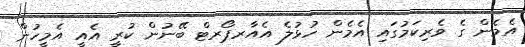
އެމެން ގެ ވެރިކަމުގައި އެމެން ހުޅުލެ އެއާރޕޯރޓް ބޭނުން ކުރީ އެއީ އެމީހުން